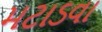
મટાડવા